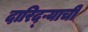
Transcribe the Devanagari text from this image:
दारिद्ऱ्याची